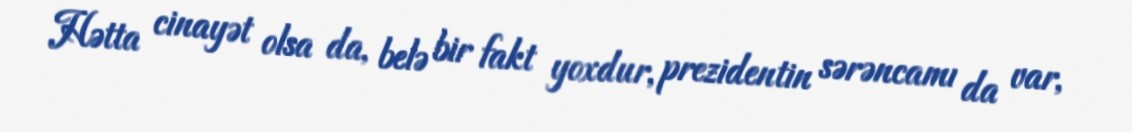
Hətta cinayət olsa da, belə bir fakt yoxdur, prezidentin sərəncamı da var,